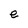
Character: e